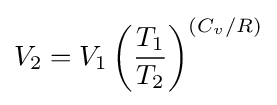
V_{2}=V_{1}\left({\frac {T_{1}}{T_{2}}}\right)^{(C_{v}/R)}